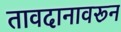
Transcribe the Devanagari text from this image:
तावदानावरून